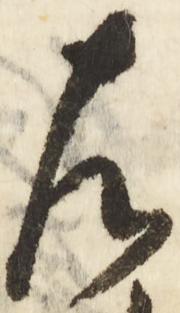
左